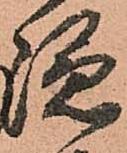
隠